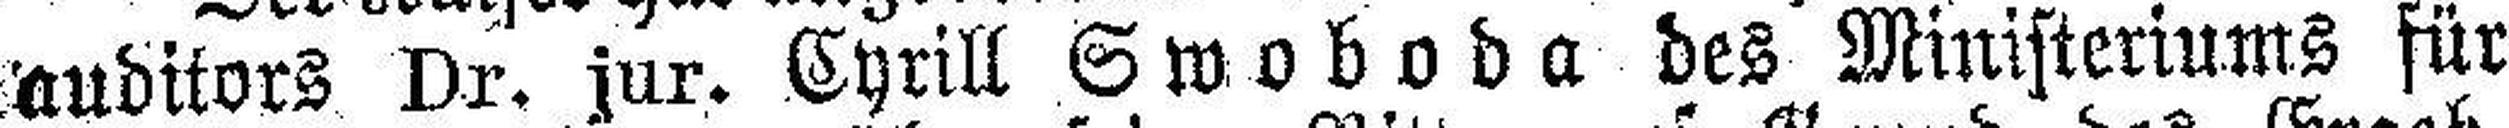
auditors Dr. jur. Cyrill Swoboda des Ministeriums für